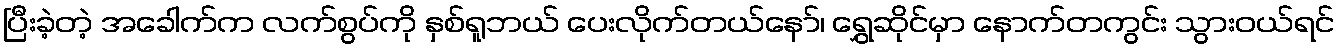
ပြီးခဲ့တဲ့ အခေါက်က လက်စွပ်ကို နှစ်ရူဘယ် ပေးလိုက်တယ်နော်၊ ရွှေဆိုင်မှာ နောက်တကွင်း သွားဝယ်ရင်